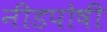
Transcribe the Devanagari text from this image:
नीडपोषी